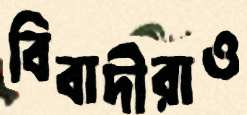
বিবাদীরাও